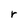
Character: r